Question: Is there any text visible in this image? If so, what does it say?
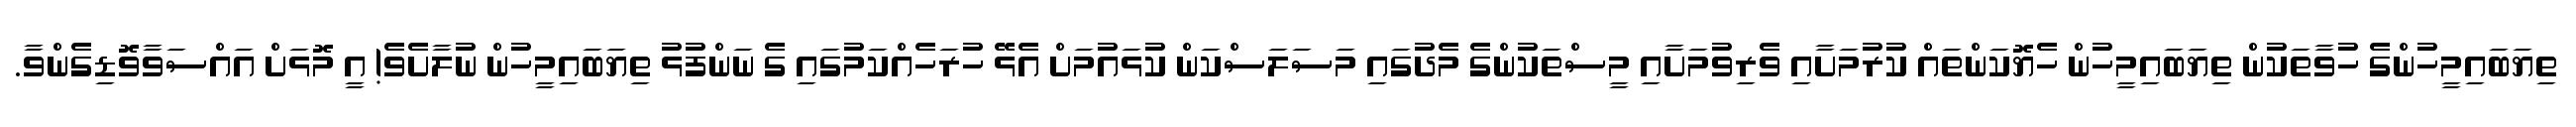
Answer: ތިޔަބައިމީހުންގެ ހުވާތަކުން ތިޔަބައިމީހުން ހެޔޮކަންތައް ކުރުމަށާއި ވެރިވުމަށާއި މީސްތަކުންގެ މެދުގައި މަސަލަސްކަން ކުޅައުމަށް އެޅޭ ހުރަހެއްކަމުގައި ގެ ނަންފުޅު ތިޔަބައިމީހުން ނުލާށެވެ! އީ މޮޅަށް އައްސަވާވޮޑިގެންވާ.